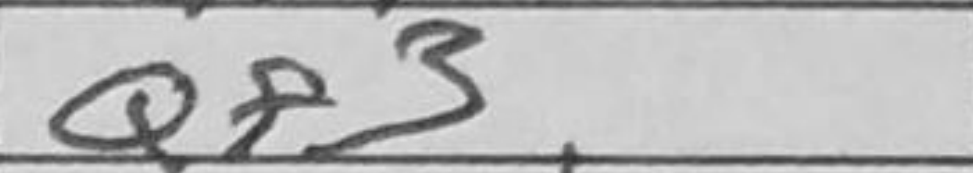
Transcription: Qf3